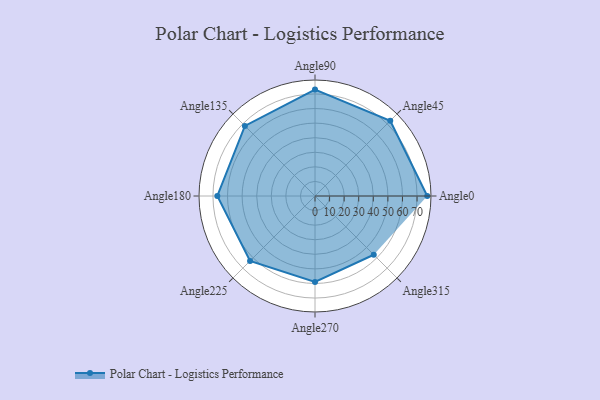
{"axis": {"x": "Angle", "y": "Radius"}, "legend": [""], "data": [{"x": "Angle0", "y": 77.0, "type": ""}, {"x": "Angle45", "y": 73.0, "type": ""}, {"x": "Angle90", "y": 73.0, "type": ""}, {"x": "Angle135", "y": 68.0, "type": ""}, {"x": "Angle180", "y": 67.0, "type": ""}, {"x": "Angle225", "y": 63.0, "type": ""}, {"x": "Angle270", "y": 59.0, "type": ""}, {"x": "Angle315", "y": 57.0, "type": ""}]}